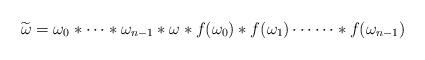
LaTeX: \begin{align*}\widetilde{\omega} = \omega_0 \ast \cdots \ast \omega_{n-1} \ast \omega \ast f(\omega_0) \ast f(\omega_1) \cdots \cdots \ast f(\omega_{n-1}) \end{align*}